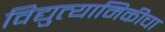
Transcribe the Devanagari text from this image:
विद्युत्यामिकीचा